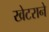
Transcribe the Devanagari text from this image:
खेटराने